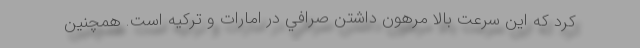
کرد كه اين سرعت بالا مرهون داشتن صرافي در امارات و تركيه است. همچنین